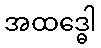
အထဒ္ဓေါ